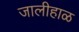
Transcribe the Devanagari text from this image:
जालीहाळ